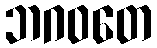
ဘဂဝတေ